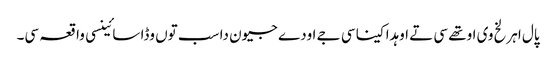
پال اہرلخ وی اوتھے سی تے اوہدا کینا سی جے اودے جیون دا سب توں وڈا سائینسی واقعہ سی۔